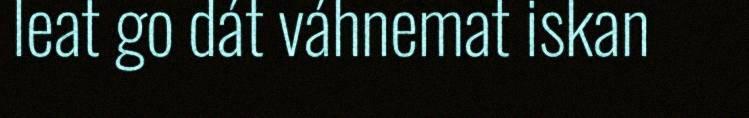
leat go dát váhnemat iskan